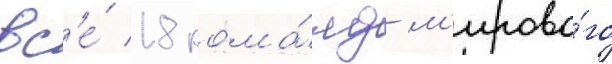
вс'е́ 18 кома́нд м'ирово́го